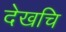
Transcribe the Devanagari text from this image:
देखचि